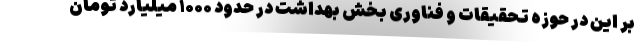
بر این در حوزه تحقیقات و فناوری بخش بهداشت در حدود ۱۰۰۰ میلیارد تومان